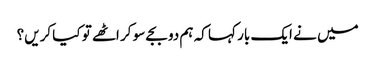
میں نے ایک بار کہا کہ ہم دو بجے سو کر اٹھے تو کیا کریں؟